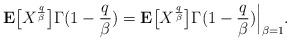
LaTeX: \begin{align*}{\bf E}\bigl[X^{\frac{q}{\beta}}\bigr] \Gamma(1-\frac{q}{\beta}) = {\bf E}\bigl[X^{\frac{q}{\beta}}\bigr] \Gamma(1-\frac{q}{\beta})\Big|_{\beta=1}.\end{align*}